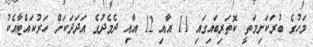
މަހުގެ ބުރަކަށިމަތީ ކޮތަރިބައިގައި 11 އާއި 12 އާއި ދެމެދުގެ އަދަދަކަށް ހަރުކައްޓާއެކު